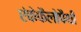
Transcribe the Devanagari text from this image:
एंकेफैलोपैथी